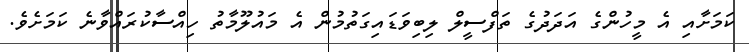
ކަމަށާއި އެ މީހުންގެ އަދަދުގެ ތަފްސީލް ލިބިވަޑައިގަތުމުން އެ މައުލޫމާތު ހިއްސާކުރައްވާނެ ކަމަށެވެ.